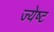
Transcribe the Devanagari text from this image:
ज्‍येष्‍ट